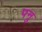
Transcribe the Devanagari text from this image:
पनु